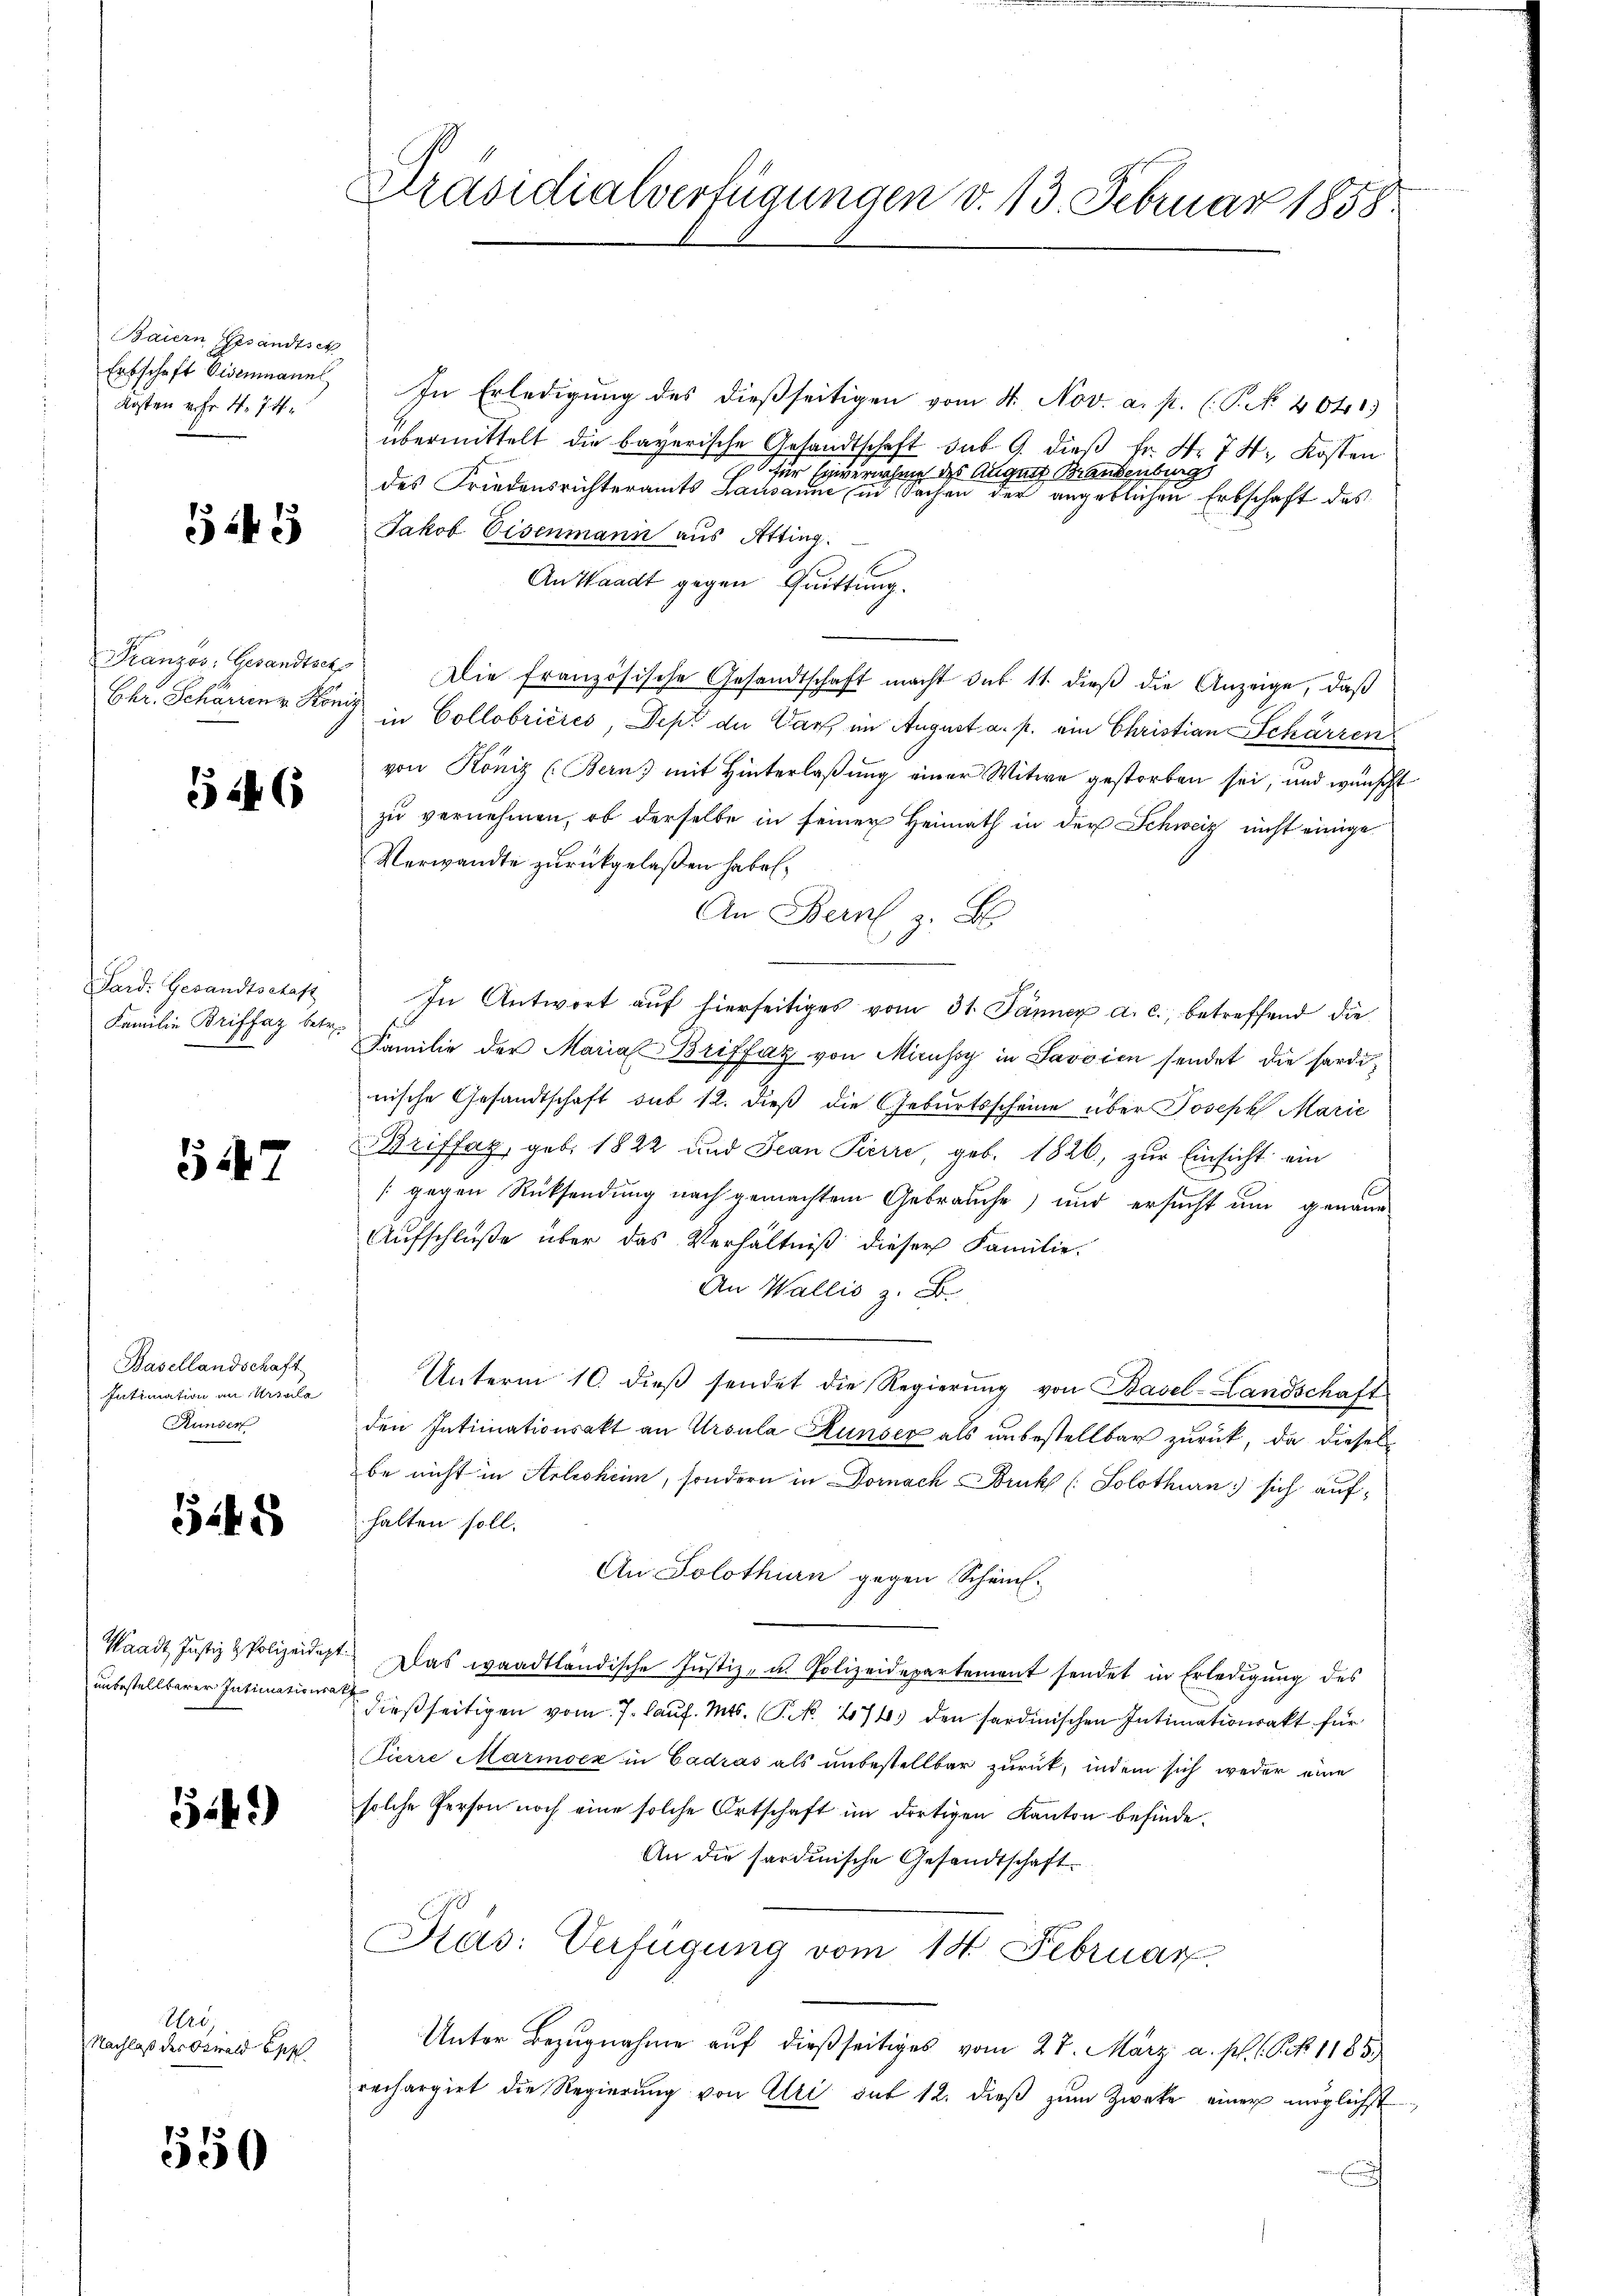
Baiern Gesandtsch
Erbschaft Eisenmanns
Kosten Uhr 4. 74.

545

Französ. Gesandtsch
Chr. Schärrenz Köni

126

Sard. Gesandtschaft
Familie Briffaz betr.

547

Basellandschaft
Intimation an Ursula
Runder

524 x

Waadt, Justiz & Polizeidigt
unbestellbarer Intimationsa

S.k.)

Uri,
Nachlaß der Oswald Epp

550

Präsidialverfügungen v. 13. Februar 1858.

In Erledigung des dießseitigen vom 4. Nov. a. p. (S. 4041.
übermittelt die bayerische Gesandtschaft sub 9. dieß Fr. Nr. 74. Kosten
für Einvernahme des Augen Krankenting
des Friedensrichteramts Baden eine eine eine Sachen der angeblichen Erbschaft des
Jakob Eisenmann aus Atting.
An Waadt gegen Quittung.
 Die französische Gesandtschaft macht des 11. dieβ die Anzeige, daß
 in Collobrières, Dept der Darf im August a. p. ein Christian Schärzen
von König (Bern, mit Hinterlaßung einer Witwe gestorben sei, und wünscht
zu vernehmen, ob derselbe in seiner Heimath in der Schweiz nicht einige
Verwandte zurückgelaßen habe.
An Bern, z. B
In Antwort auf hierseitiges vom 31. Jänner a. c., betreffend die
Familie der Maria Briffaz von Micusoy in Savoien sendet die sardinische Gesandtschaft sub 12. dieß die Geburtsscheine über Joseph Marie
Briffaz, geb. 1822 und Jean Pierre, geb. 1826, zur Einsicht ein
[gegen Rücksendung nach gemachtem Gebrauche) und ersucht um genaue
Aufschluße über das Verhältniß dieser Familie.
An Wallis z. B.
Unterm 10. dieß sendet die Regierung von Basel-Landschaft
den Intimationsakt an Ursula Runser als unbestellbar zurück, da dieses
be nicht in Arlesheim, sondern in Dornach Bruk (Solothurn sich aufhalten soll.
An Solothurn gegen Schei
Das waadtländische Justiz- u. Polizeidepartement sendet in Erledigŭng des
dießseitigen vom 7. Lauf. Mts. (T. N. 274 den sardinischen Intimationsakt für
Pierre Marmoex in Cadrás als unbestellbar zurück, indem sich weder eine
solche Person noch eine solche Ortschaft im dortigen Kanton befinde.
An die sardinische Gesandtschaft
Präs: Verfügung vom 14. Februar.
Unter Bezugnahme auf dießseitiges vom 27. März a. p. 1 Pkt. 1185.
rechargirt die Regierung von Ali auf 12. dieß zum Zwecke einer möglichst